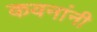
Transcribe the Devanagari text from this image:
कवनांनी